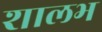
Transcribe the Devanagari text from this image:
शालभ